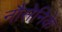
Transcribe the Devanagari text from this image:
नौसेनिके